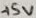
Text: +5V